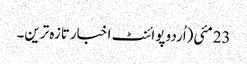
23مئی(اُردو پوائنٹ اخبارتازہ ترین۔